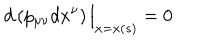
LaTeX: d \left( p _ { \mu \nu } d x ^ { \nu } \right) \Big \vert _ { x = x ( s ) } = 0